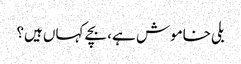
بلی خاموش ہے، بچے کہاں ہیں؟